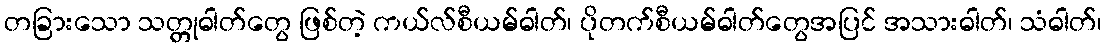
တခြားသော သတ္တုဓါတ်တွေ ဖြစ်တဲ့ ကယ်လ်စီယမ်ဓါတ်၊ ပိုတက်စီယမ်ဓါတ်တွေအပြင် အသားဓါတ်၊ သံဓါတ်၊